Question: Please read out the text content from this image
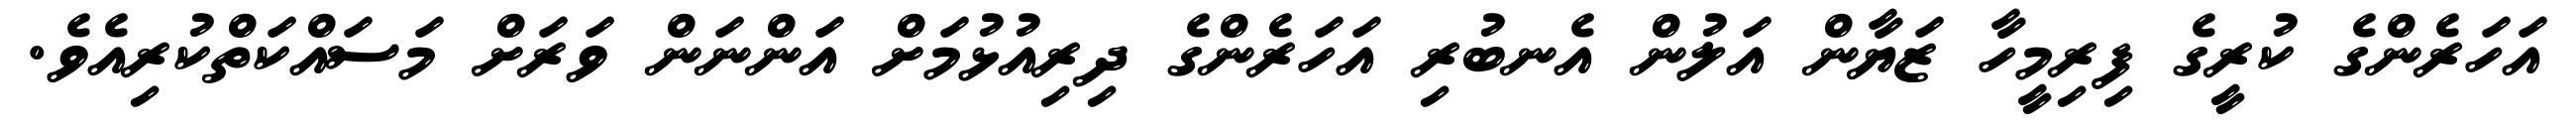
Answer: އަހަރެންގެ ކުރީގެ ފިރިމީހާ ޒަޔާން އަލުން އެނބުރި އަހަރެންގެ ދިރިއުޅުމަށް އަންނަން ވަރަށް މަސައްކަތްކުރިއެވެ.